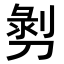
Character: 𭄄